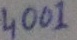
Text: 4001